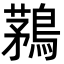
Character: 鶜